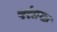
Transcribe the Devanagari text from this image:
परंतपाः